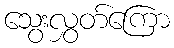
သွေးလွှတ်ကြော